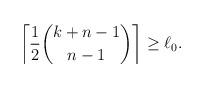
LaTeX: \begin{align*}\left \lceil \frac{1}{2} \binom{k+n-1}{n-1} \right \rceil \ge \ell_0. \end{align*}